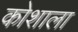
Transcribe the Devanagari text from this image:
कोशाला